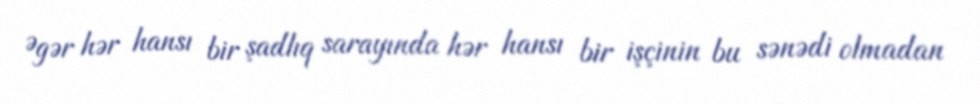
Əgər hər hansı bir şadlıq sarayında hər hansı bir işçinin bu sənədi olmadan